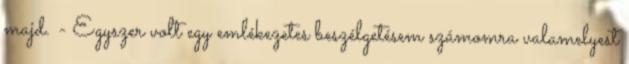
majd. - Egyszer volt egy emlékezetes beszélgetésem számomra valamelyest